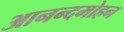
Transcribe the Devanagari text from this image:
आनन्दमोहन